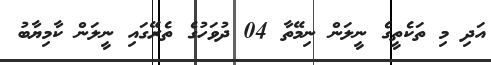
އަދި މި ތަކެތީގެ ނީލަން ނިމޭތާ 04 ދުވަހުގެ ތެރޭގައި ނީލަން ކާމިޔާބު